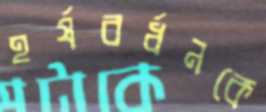
হর্ষবর্ধনকে